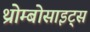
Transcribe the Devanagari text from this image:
थ्रोम्बोसाइट्स